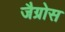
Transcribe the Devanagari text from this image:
जैग्रोस